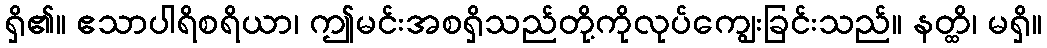
ရှိ၏။ ဧသာပါရိစရိယာ၊ ဤမင်းအစရှိသည်တို့ကိုလုပ်ကျွေးခြင်းသည်။ နတ္ထိ၊ မရှိ။